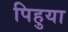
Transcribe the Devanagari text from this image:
पिहुया